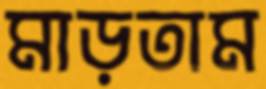
মাড়তাম